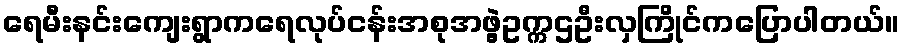
ရေမီးနင်းကျေးရွာကရေလုပ်ငန်းအစုအဖွဲ့ဥက္ကဌဦးလှကြိုင်ကပြောပါတယ်။